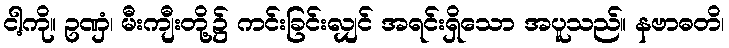
ငါ့ကို။ ဥဏှံ၊ မီးကျီးတို့၌ ကင်းခြင်းလျှင် အရင်းရှိသော အပူသည်။ နဗာဓတိ၊